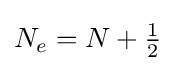
N_{e}=N+{\begin{matrix}{\frac {1}{2}}\end{matrix}}